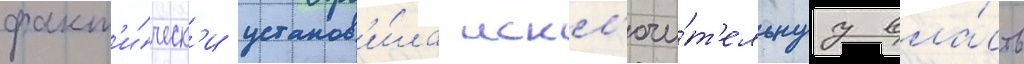
факт'и́ческ'и установ'и́ла искл'ючи́т'ельнуу вла́сть